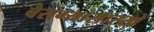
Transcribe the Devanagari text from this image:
बैराग्यासारखे